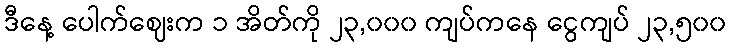
ဒီနေ့ ပေါက်ဈေးက ၁ အိတ်ကို ၂၃,၀၀၀ ကျပ်ကနေ ငွေကျပ် ၂၃,၅၀၀